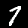
Digit: 7